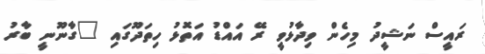
ރައީސް ނަޝީދު މިހެން ވިދާޅުވީ ރޭ އައްޑު އަތޮޅު ހިތަދޫގައި "ގާނޫނީ ބާރު